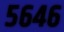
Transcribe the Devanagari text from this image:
५६४६